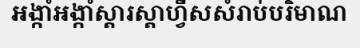
អង្កាំអង្កាំស្តារស្តាហ្វីសសំរាប់បរិមាណ